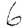
Digit: 6